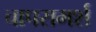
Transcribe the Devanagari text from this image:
चापरामर्श